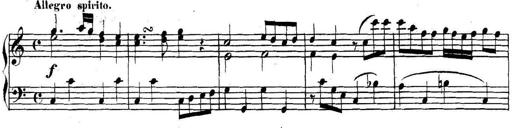
Title: Collected Piano Sonatas
Composer: Muzio Clementi